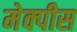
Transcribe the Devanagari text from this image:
मेक्पीस